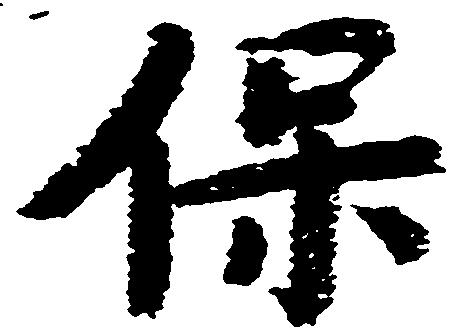
保